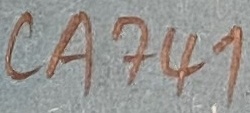
Text: CA741